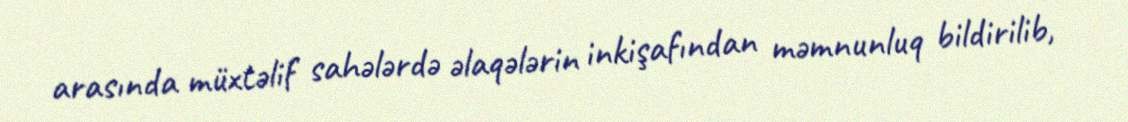
arasında müxtəlif sahələrdə əlaqələrin inkişafından məmnunluq bildirilib,